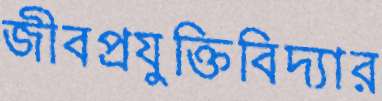
জীবপ্রযুক্তিবিদ্যার